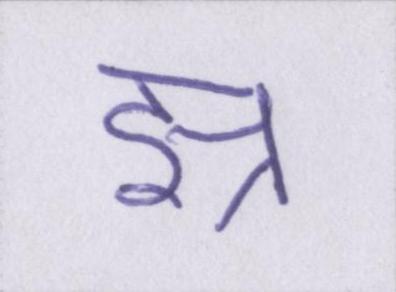
झ्र